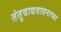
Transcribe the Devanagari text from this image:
तंतुवाद्यवादनाच्या